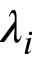
\lambda _ { i }